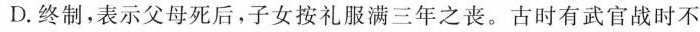
D.终制，表示父母死后，子女按礼服满三年之丧。古时有武官战时不